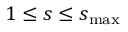
1 \leq s \leq s _ { \operatorname* { m a x } }